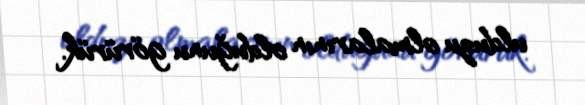
ulduzu olmalarının olduğunu görürük.